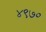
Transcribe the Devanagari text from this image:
४९७०